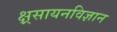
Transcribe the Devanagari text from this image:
क्ष्रसायनविज्ञान